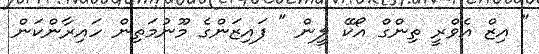
" އިޒް އެވްރީ ތިންގް އޯކޭ ލީން " ފައިޒަންގެ މޫނުމަތިން ހައިރާންކަން